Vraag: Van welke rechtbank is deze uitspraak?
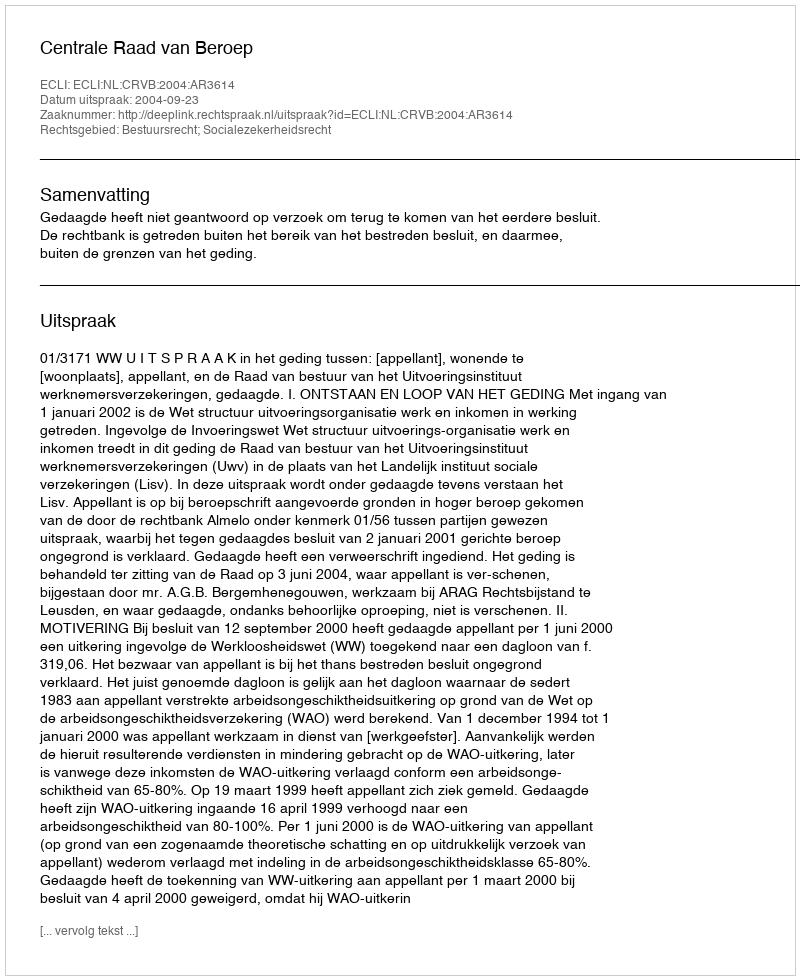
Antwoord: Centrale Raad van Beroep